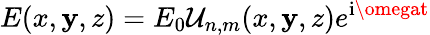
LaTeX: E(x,\mathbf{y},z)=E_{0}\mathcal{{U}}_{n,m}(x,\mathbf{y},z)e^{\mathrm{{i}}\omegat}